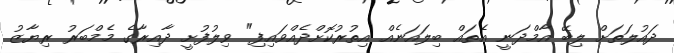
ދައުލަތަށް ލިބޭ އާމްދަނީ އެތައް ބިލައަނެއް އިތުރުކޮށްދެއްވައިފި" ވިލުފުށީ ދާއިރާގެ މެމްބަރު ރިޔާޒު